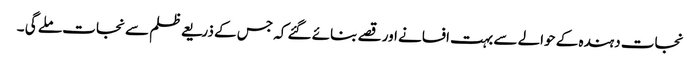
نجات دہندہ کے حوالے سے بہت افسانے اور قصے بنائے گئے کہ جس کے ذریعے ظلم سے نجات ملے گی ۔